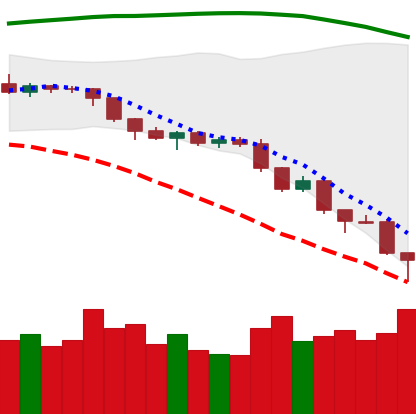
Ticker: ETH-USD
Chart end date: 2018-08-14
Forward return: 7.852%
Label: up_7plus